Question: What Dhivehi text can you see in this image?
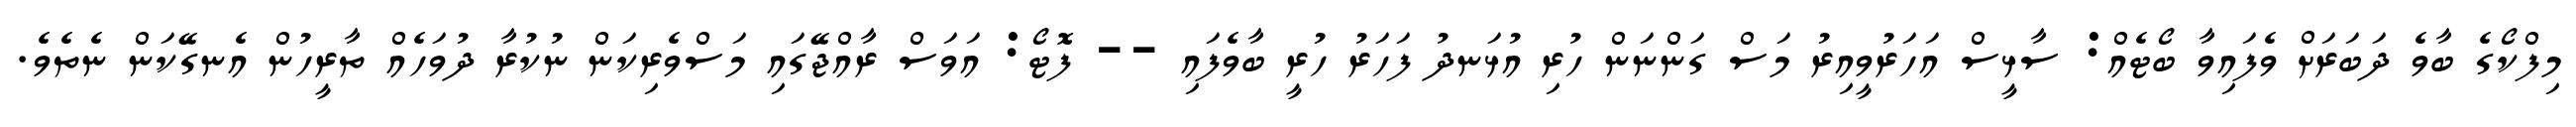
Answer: މިފްކޯގެ ބާވެ ދަބަރަށް ވެފައިވާ ބޯޓެއް: ސާޅީސް އަހަރުވީއިރު މަސް ގަންނަން ހުރި އުޅަނދު ފަހަރު ހުރީ ބާވެފައި -- ފޮޓޯ: އަވަސް ރާއްޖޭގައި މަސްވެރިކަން ނުކުރާ ދުވަހެއް ތާރީހުން އެނގޭކަން ނެތެވެ.